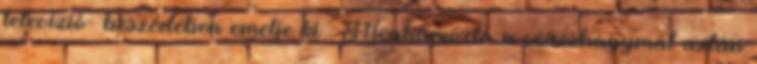
televízió- beszédében emelje ki . Meghámozta a vöröshagymát aztán